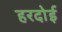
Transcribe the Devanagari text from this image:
हरदाेई